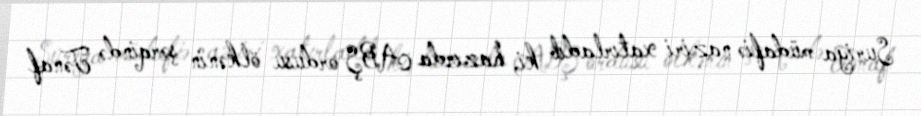
Suriya müdafiə naziri xatırladıb ki, hazırda ABŞ ordusu ölkənin şərqində Tənaf